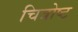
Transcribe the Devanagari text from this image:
चित्रोष्ट